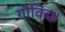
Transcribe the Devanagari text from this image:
गोविंद॥